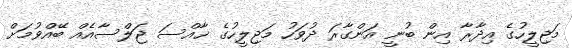
މަޖިލީހުގެ އިދާރާ އިން ބުނީ އަންގާރަ ދުވަހު މަޖިލީހުގެ ޚާއްސަ ޖަލްސާއެއް ބޭއްވުމަށް